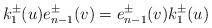
LaTeX: \begin{align*}k_{1}^{\pm}(u)e_{n-1}^{\pm}(v)=e_{n-1}^{\pm}(v)k_{1}^{\pm}(u)\end{align*}